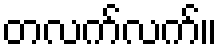
တလက်လက်။